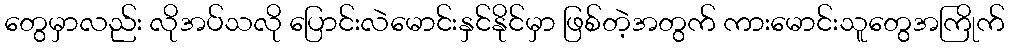
တွေမှာလည်း လိုအပ်သလို ပြောင်းလဲမောင်းနှင်နိုင်မှာ ဖြစ်တဲ့အတွက် ကားမောင်းသူတွေအကြိုက်